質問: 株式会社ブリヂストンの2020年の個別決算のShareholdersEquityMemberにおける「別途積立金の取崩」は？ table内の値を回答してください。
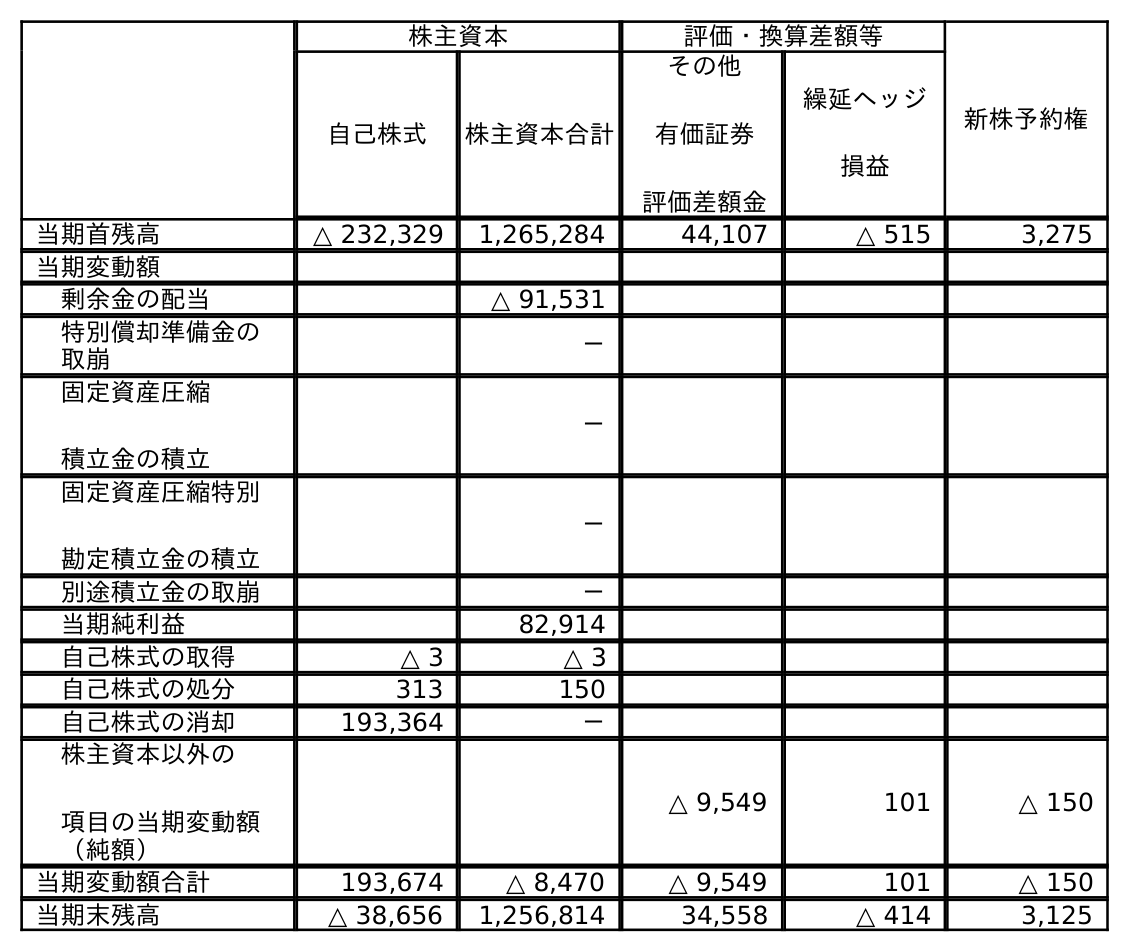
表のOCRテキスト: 株主資本 評価・換算差額等 新株予約権 自己株式 株主資本合計 その他 有価証券 評価差額金 繰延ヘッジ 損益 当期首残高 △ 232,329 1,265,284 44,107 △ 515 3,275 当期変動額 剰余金の配当 △ 91,531 特別償却準備金の 取崩 － 固定資産圧縮 積立金の積立 － 固定資産圧縮特別 勘定積立金の積立 － 別途積立金の取崩 － 当期純利益 82,914 自己株式の取得 △ 3 △ 3 自己株式の処分 313 150 自己株式の消却 193,364 － 株主資本以外の 項目の当期変動額 （純額） △ 9,549 101 △ 150 当期変動額合計 193,674 △ 8,470 △ 9,549 101 △ 150 当期末残高 △ 38,656 1,256,814 34,558 △ 414 3,125
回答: －